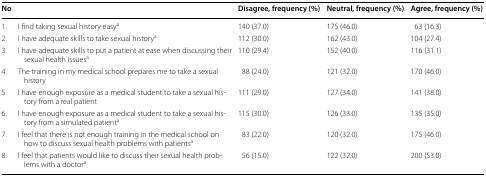
<table><thead><tr><td><b>No</b></td><td></td><td><b>Disagree, frequency (%)</b></td><td><b>Neutral, frequency (%)</b></td><td><b>Agree, frequency (%)</b></td></tr></thead><tbody><tr><td>1.</td><td>I find taking sexual history easy<sup>a</sup></td><td>140 (37.0)</td><td>175 (46.0)</td><td>63 (16.3)</td></tr><tr><td>2.</td><td>I have adequate skills to take sexual history<sup>a</sup></td><td>112 (30.0)</td><td>162 (43.0)</td><td>104 (27.4)</td></tr><tr><td>3.</td><td>I have adequate skills to put a patient at ease when discussing their sexual health issues<sup>a</sup></td><td>110 (29.4)</td><td>152 (40.0)</td><td>116 (31.1)</td></tr><tr><td>4.</td><td>The training in my medical school prepares me to take a sexual history</td><td>88 (24.0)</td><td>121 (32.0)</td><td>170 (46.0)</td></tr><tr><td>5.</td><td>I have enough exposure as a medical student to take a sexual history from a real patient</td><td>111 (29.0)</td><td>127 (34.0)</td><td>141 (38.0)</td></tr><tr><td>6.</td><td>I have enough exposure as a medical student to take a sexual history from a simulated patient<sup>a</sup></td><td>115 (30.0)</td><td>126 (33.0)</td><td>135 (35.0)</td></tr><tr><td>7.</td><td>I feel that there is not enough training in the medical school on how to discuss sexual health problems with patients<sup>a</sup></td><td>83 (22.0)</td><td>120 (32.0)</td><td>175 (46.0)</td></tr><tr><td>8.</td><td>I feel that patients would like to discuss their sexual health problems with a doctor<sup>a</sup></td><td>56 (15.0)</td><td>122 (32.0)</td><td>200 (53.0)</td></tr></tbody></table>